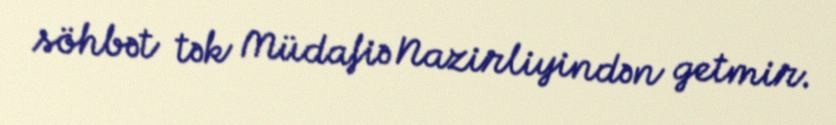
söhbət tək Müdafiə Nazirliyindən getmir.